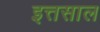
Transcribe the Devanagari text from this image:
इत्तसाल